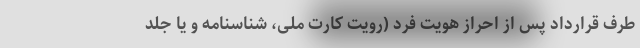
طرف قرارداد پس از احراز هویت فرد (رویت کارت ملی، شناسنامه و یا جلد